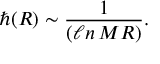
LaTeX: \hbar ( R ) \sim \frac { 1 } { ( \ell n \, M R ) } .